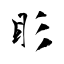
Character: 䀐